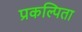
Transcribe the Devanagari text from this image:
प्रकल्पिता